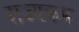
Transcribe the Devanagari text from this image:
राज्यक्रम